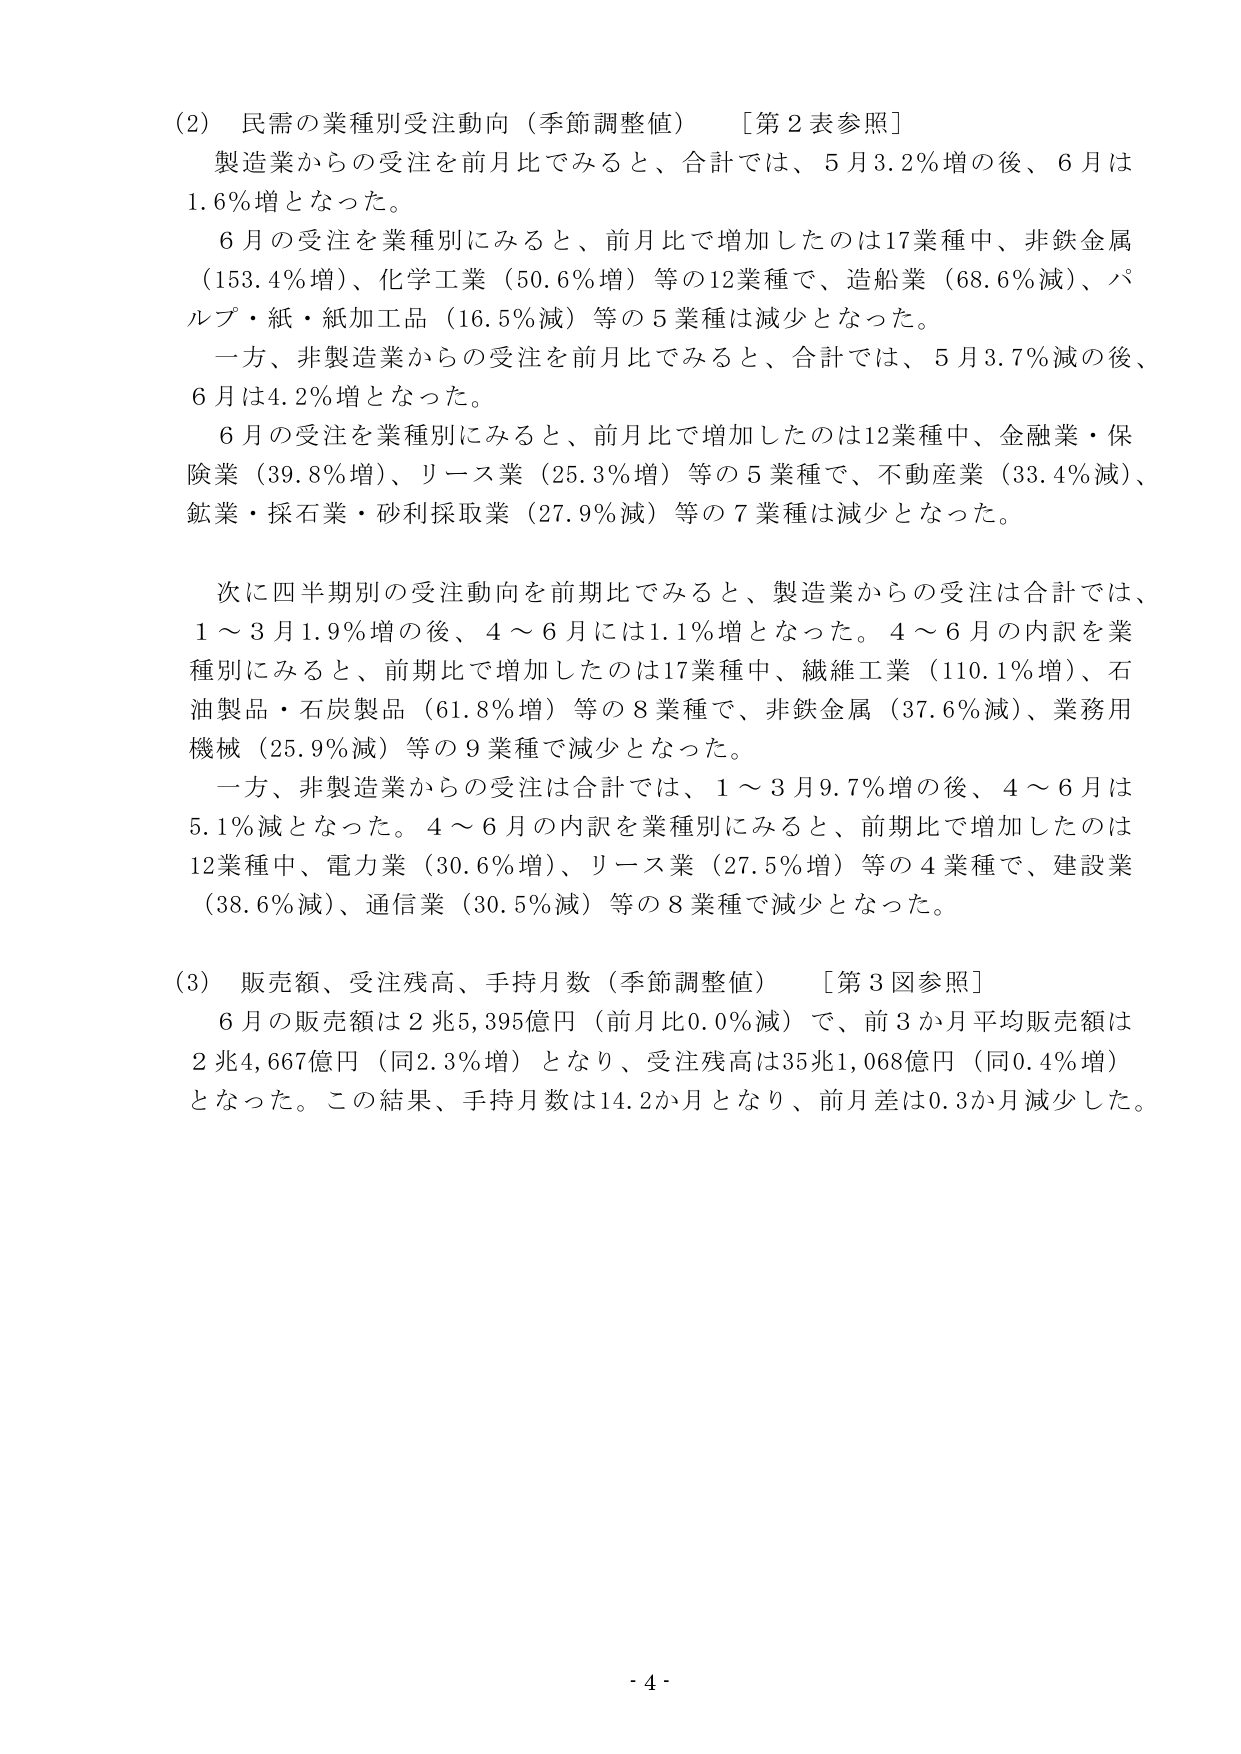
(2) 民需の業種別受注動向（季節調整値）　［第2表参照］
製造業からの受注を前月比でみると、合計では、5月3.2％増の後、6月は1.6％増となった。
6月の受注を業種別にみると、前月比で増加したのは17業種中、非鉄金属（153.4％増）、化学工業（50.6％増）等の12業種で、造船業（68.6％減）、パルプ・紙・紙加工品（16.5％減）等の5業種は減少となった。
一方、非製造業からの受注を前月比でみると、合計では、5月3.7％減の後、6月は4.2％増となった。
6月の受注を業種別にみると、前月比で増加したのは12業種中、金融業・保険業（39.8％増）、リース業（25.3％増）等の5業種で、不動産業（33.4％減）、鉱業・採石業・砂利採取業（27.9％減）等の7業種は減少となった。

次に四半期別の受注動向を前期比でみると、製造業からの受注は合計では、1～3月1.9％増の後、4～6月には1.1％増となった。4～6月の内訳を業種別にみると、前期比で増加したのは17業種中、繊維工業（110.1％増）、石油製品・石炭製品（61.8％増）等の8業種で、非鉄金属（37.6％減）、業務用機械（25.9％減）等の9業種で減少となった。
一方、非製造業からの受注は合計では、1～3月9.7％増の後、4～6月は5.1％減となった。4～6月の内訳を業種別にみると、前期比で増加したのは12業種中、電力業（30.6％増）、リース業（27.5％増）等の4業種で、建設業（38.6％減）、通信業（30.5％減）等の8業種で減少となった。

(3) 販売額、受注残高、手持月数（季節調整値）　［第3図参照］
6月の販売額は2兆5,395億円（前月比0.0％減）で、前3か月平均販売額は2兆4,667億円（同2.3％増）となり、受注残高は35兆1,068億円（同0.4％増）となった。この結果、手持月数は14.2か月となり、前月差は0.3か月減少した。

- 4 -